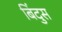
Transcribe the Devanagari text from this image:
बिंदुस